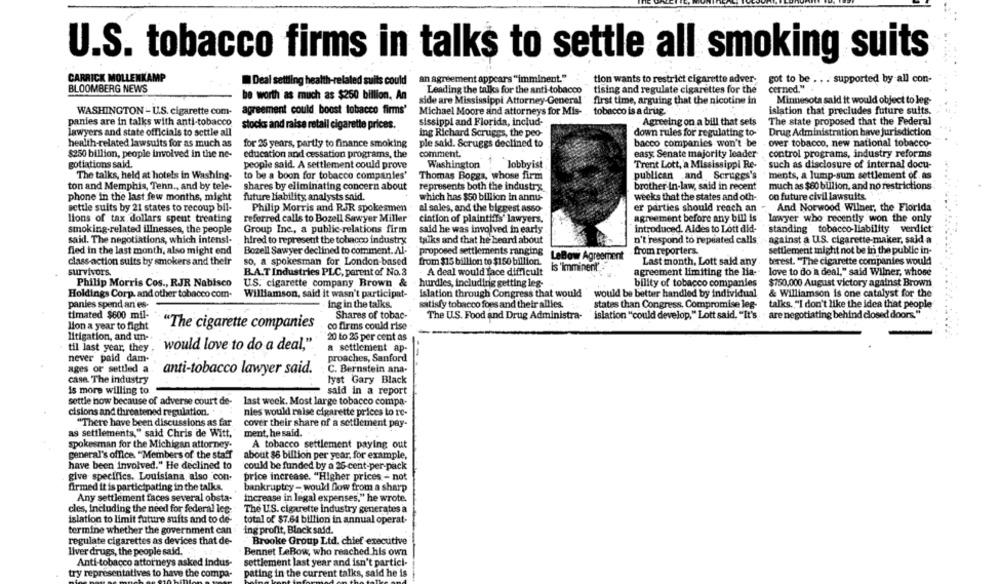
U.S. tobacco firms in talks to settle all smoking suits
CARRICK MOLLENKAMP
an agreement appears "imminent."
tion wants to restrict cigarette adver-
got to be . . . supported by all con-
Deal settling health-related suits could
BLOOMBERG NEWS
Leading the talks for the anti-tobacco
tising and regulate cigarettes for the
cerned."
be worth as much as $250 billion. An
side are Mississippi Attorney-General " first time, arguing that the nicotine in
Minnesota sald it would object to leg-
agreement could boost tobacco firms'
WASHINGTON -U.S. cigarette com-
Michael Moore and attorneys for Mis- . tobacco is a drug.
islation that precludes future suits.
panies are in talks with anti-tobacco
sissippi and Florida, includ-
Agreeing on a bill that sets
The state proposed that the Federal
stocks and raise retail cigarette prices.
lawyers and state officials to settle all
ing Richard Scruggs, the peo
down rules for regulating to-
Drug Administration have jurisdiction
health-related lawsuits for as much as
for 25 years, partly to finance smoking
ple said. Scruggs declined to
bacco companies won't be
over tobacco, new national tobacco-
$250 billion, people involved in the ne-
education and cessation programs, the
comment.
easy. Senate majority leader
control programs, industry reforms
gotiations said.
people said. A settlement could prove
Washington
lobbyist
Trenit Lott, a Mississippi Re-
such as disclosure of internal docu-
The talks, held at hotels in Washing-
to be a boon for tobacco companies'
Thomas Boggs, whose firm
publican and Scruggs's
ments, a lump-sum settlement of as
ton and Memphis, Tenn ., and by tele-
brother In-law, said in recent
much as $60 billion, and no restrictions
shares by eliminating concern about
represents both the industry
phone in the last few months, might
future Hability analysts said.
which has $50 billion in annu-
weeks that the states and oth-
on future civil lawsuits.
settle suits by 21 states to recoup bil-
Philip Morris and RJR spokesmen
al sales, and the biggest asso-
er parties should reach an
And Norwood Wilner, the Florida
lions of tax dollars spent treating
referred calls to Bozell Sawyer Miller
ciation of plaintiffs' lawyers.
agreement before any bill is
lawyer who recently won the only
smoking-related illnesses, the people
Group Inc ., a public-relations firm
said he was involved in early
introduced. Aldes to Lott did-
standing tobacco-liability verdict
said. The negotiations, which intens !-
n't'respond to repeated calls , against a U.S. cigarette-maker, said a
hired to represent the tobacco industry
talks and that he beard about
fied in the last month, also might end
Bozell Sawyer declined to comment. Al-
from reporters.
settlement might not be in the public in-
class-action suits by smokers and their
so, a spokesman for London-based
proposed settlements ranging LeBow Agreement
from $15 billion to $150 billion.
Last month, Lott said any
terest. "The cigarette companies would
is 'imminent"
survivors.
B.A.T Industries PLC, parent of No.3
A deal would face difficult
agreement limiting the lia-
love to do a deal," said Wilner, whose
Philip Morris Cos ., RJR Nabisco
U.S. cigarette company Brown &
hurdles, including getting leg-
bility of tobacco companies
$750,000 August victory against Brown
Holdings Corp. and other tobacco com.
Williamson, said it wasn't participat-
Islation through Congress that would
would be better handled by individual
& Williamson is one catalyst for the
satisfy tobacco foes and their allies.
panies spend an es-
Ing in the talks.
states than Congress, Compromise leg-
talks. "I don't like the idea that people
timated $600 mil-
Shares of tobac-
islation "could develop," Lott said, "It's - are negotiating behind closed doors."
The U.S. Food and Drug Administra-
lion a year to fight
"The cigarette companies
co firms could rise
litigation, and un-
20 to 25 per cent as
til last year, they
would love to do a deal,".
a settlement ap-
never paid dam-
proaches, Sanford
ages or settled a
anti-tobacco lawyer said.
C. Bernstein ana-
casa. The industry
lyst Gary Black
is more willing to
said in a report
settle now because of adverse court de-
last week. Most large tobacco compa-
cisions and threatened regulation.
nies would raise cigarette prices to re-
"There have been discussions as far
cover their share of a settlement pay-
as settlements," said Chris de Witt."
ment, he said.
spokesman for the Michigan attorney.
A tobacco settlement paying out
general's office. "Members of the staff
about $6 billion per year, for example,
have been involved." He declined to
could be funded by a 25-cent-per-pack
give specifics. Louisiana also con-
price increase. "Higher prices - not
firmed it is participating in the talks.
bankruptcy - wouldl Low from a sharp
Any settlement faces several obsta-
Increase in legal expenses," he wrote.
cles, Including the need for federal lec-
The US. cigarette industry generates a
islation to limit future suits and to de-
total of $7.64 billion in annual operat-
termine whether the government can
ing profit, Black sadd.
regulate cigarettes as devices that de-
Brooke Group Ltd. chief executive
Liver drugs, the people said."
Bennet LeBow, who reached his own
Anti-tobacco attorneys asked indus-
settlement last year and isn't partici-
try representatives to have the compa-
pating in the current talks, said he is